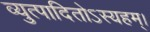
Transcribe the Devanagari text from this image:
व्युत्पादितोऽस्यहम्‌।